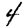
Digit: 4